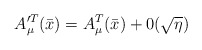
\begin{align*}A^{\prime T}_\mu (\bar{x}) = A_\mu ^T (\bar{x}) + 0(\sqrt{\eta})\end{align*}